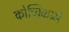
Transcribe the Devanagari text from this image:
कोच्चिकामे